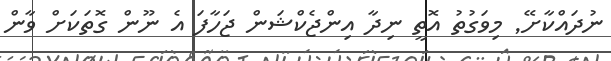
ނުދައްކާށޭ